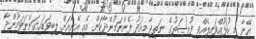
އޭނާ މި ހުޅުއްވައިލެއްވި ފުރުޞަތުގެ ނަތީޖާ މިއަދު ފެންނަމުންދާކަން އެއީ އޭނާއަށް ލިބިވަޑައިގަންނަވަމުންދާ